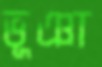
ভূঞা